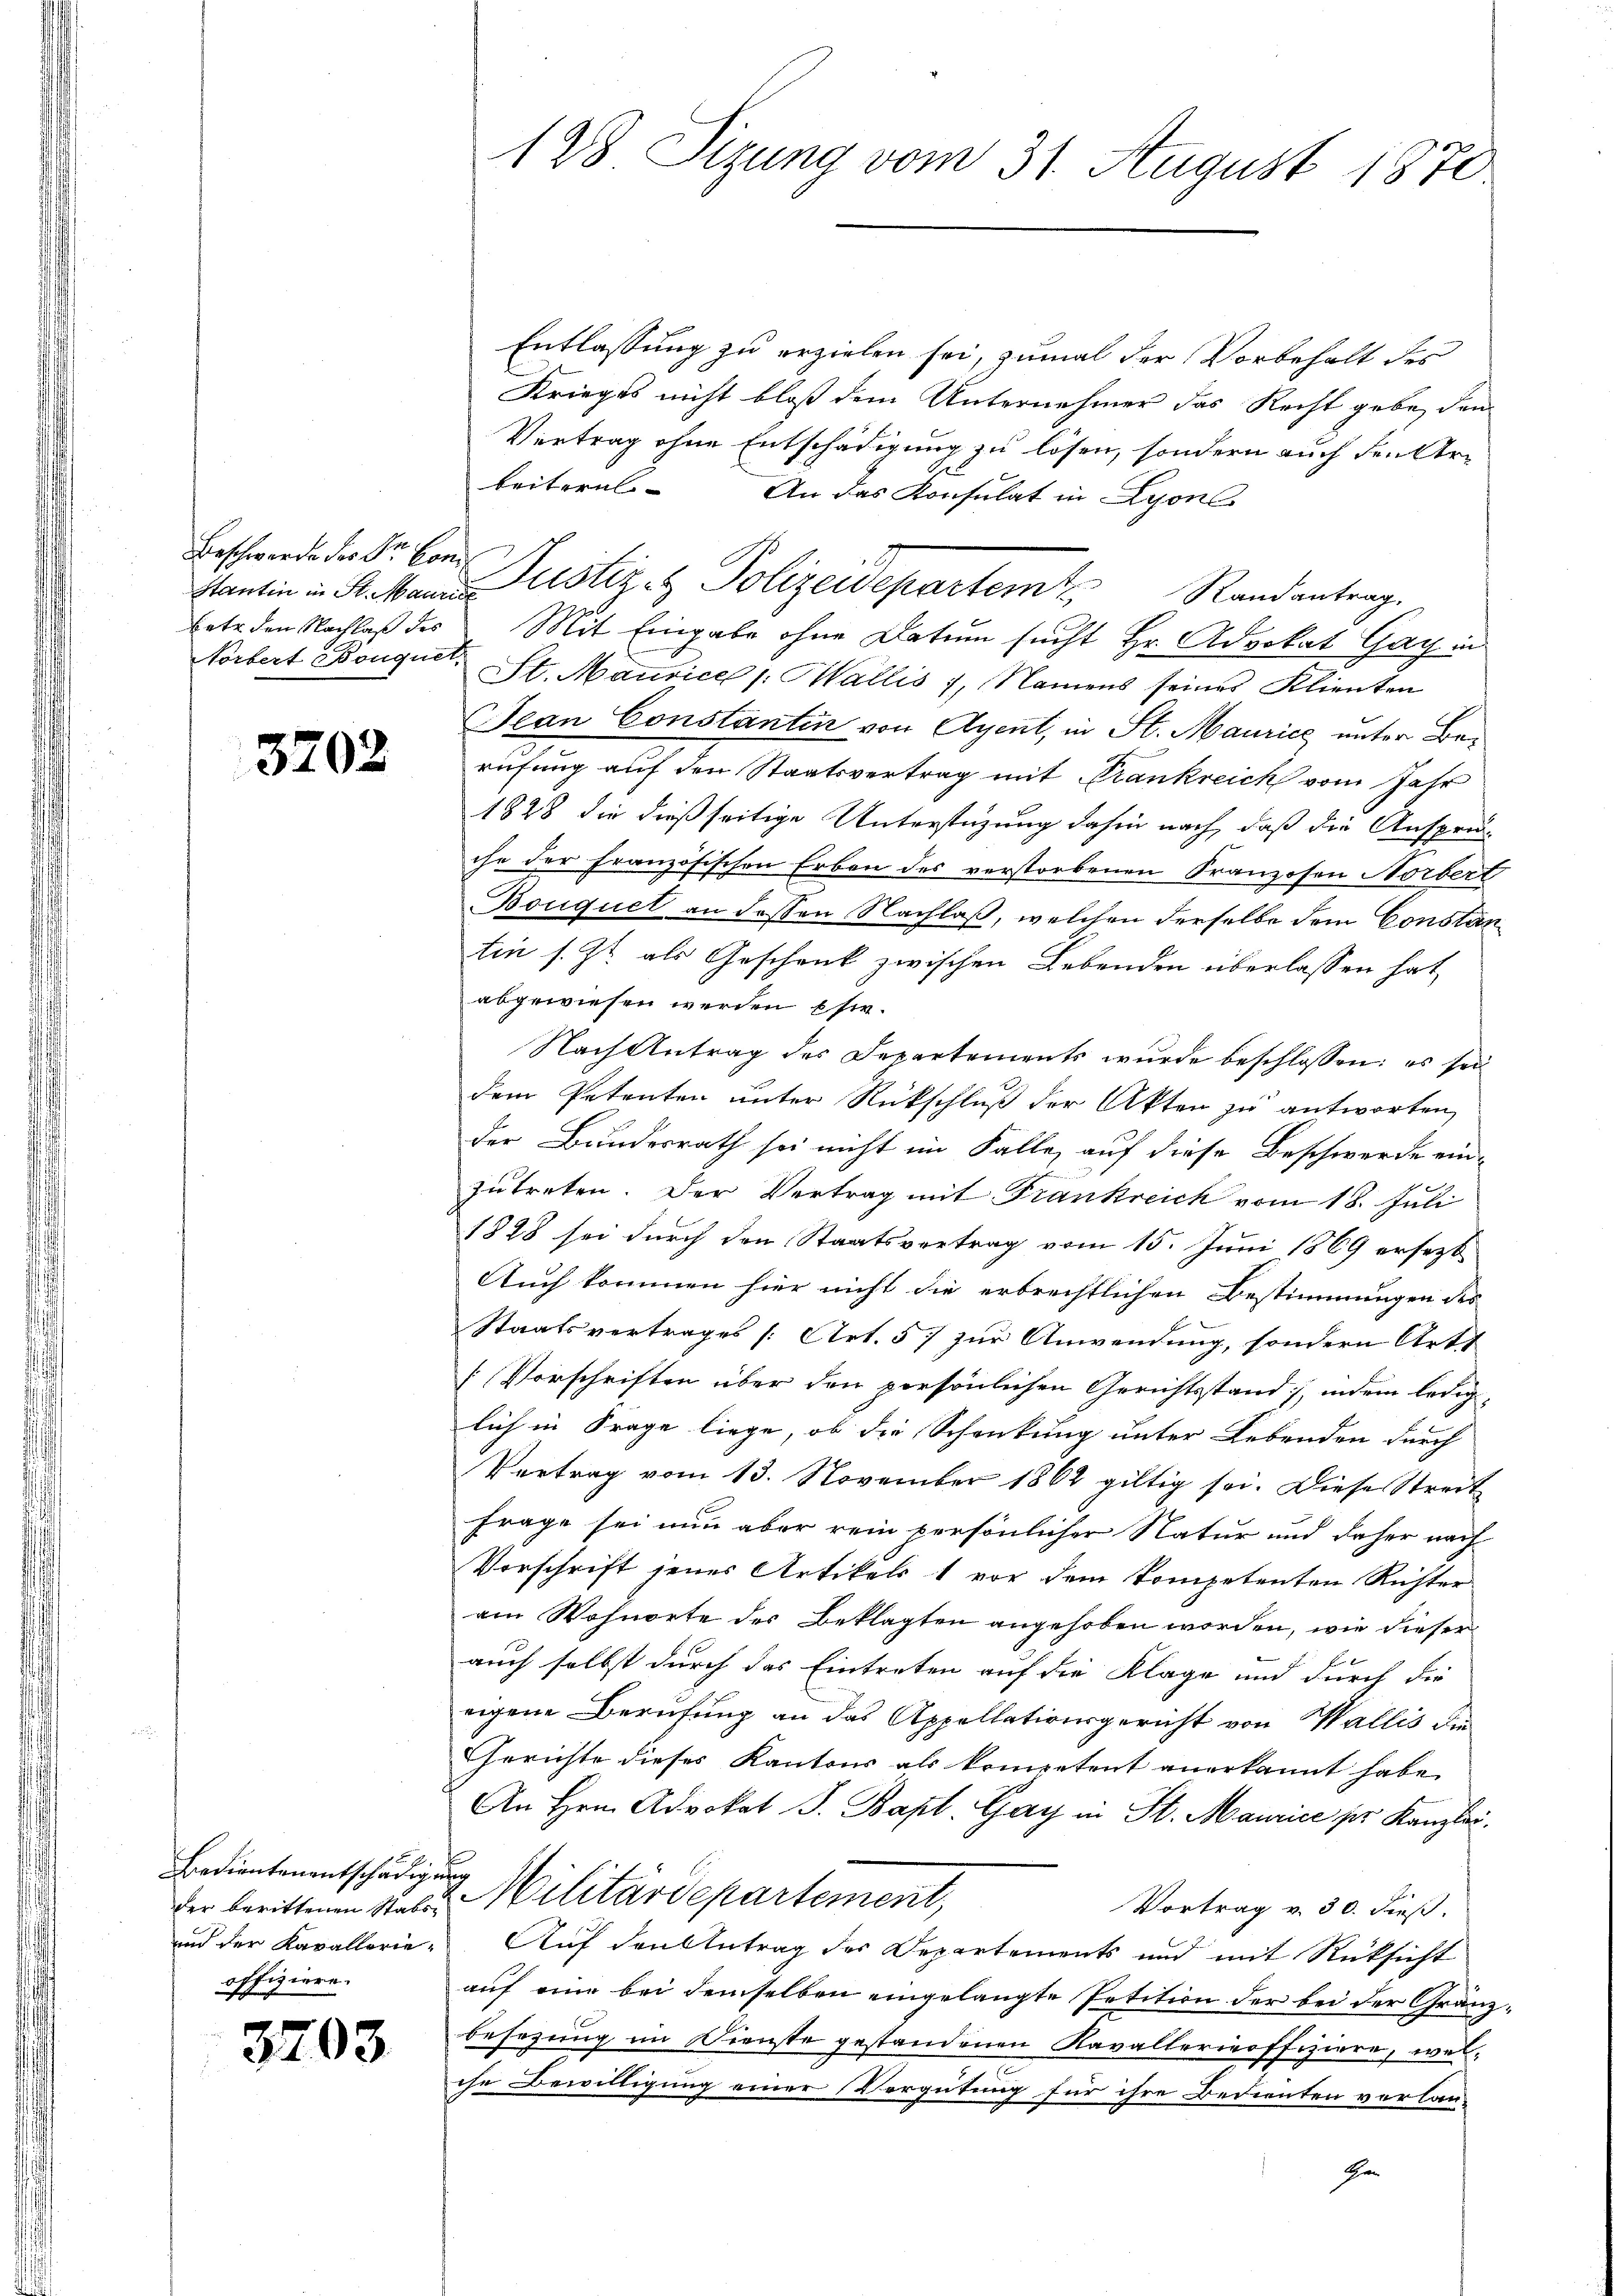
Beschwerde des Dr. Con
betr. den Nachlaß des
Norbert Bouquet,

3202

Bedientenentschädigung
der berittenen Stabs¬
und der Kavallerie-
offiziere.

3703

128. Sizung vom 31. August 1870

Entlassung zu erzielen sei, zumal der Vorbehalt des
Krieges nicht bloß dem Unternehmer das Recht gebe, den
Vertrag ohne Entschädigung zu lösen, sondern auch den Arbeitern. An das Konsulat in Lyon
Mit Eingabe ohne Datum sucht Hr. Advokat Gay in
St. Maurice /: Wallis 1, Namens seines Klienten
Jean Constantin von Agent, in St. Maurice unter Berufung auf den Staatsvertrag mit Frankreich vom Jahr
1828 die dießseitige Unterstüzung dahin nach, daß die Anspru
che der Französischen Erben des verstorbenen Franzosen Norbert
Bouquet an dessen Nachlaß, welchen derselbe dem Constantin s. Zt. als Geschenk zwischen Lebenden überlassen hat,
abgewiesen werden sie
Nach Antrag des Departements wurde beschlossen: es sei
dem Petenten unter Rückschluß der Akten zu antworten,
der Bundesrath sei nicht im Falle, auf diese Beschwerde ein-
zutreten. Der Vertrag mit Frankreich vom 18. Juli
1848 sei durch den Staatsvertrag vom 15. Juni 1869 ersezt
Auch kommen hier nicht die erbrechtlichen Bestimmungen des
Staatsvertrages [Art. 57 zur Anwendung, sondern Art
[Vorschriften über den persönlichen Gerichtsstand, indem lediglich in Frage liege, ob die Schenkung unter Lebenden durch
Vertrag vom 13. November 1862 giltig sei. Diese Streit
Frage sei nun aber rein persönlicher Natur und daher nach
Vorschrift jenes Artikels 1 vor dem kompetenten Richter
amn Wohnorte des Beklagten angehoben worden, wie dieser
auch selbst durch das Eintreten auf die Klage und durch die
eigene Berufung an das Appellationsgericht von Wallis die
Errichte dieses Kantons als kompetent anerkannt habe.
An Hrn. Advokat J. Bapt. Gay in St. Maurice pr. Kanzlei.
Militärdepartement,
Vortrag v. 30. dieß.
Auf den Antrag des Departements und mit Rücksicht
auf eine bei demselben eingelangte Petition der bei der Gränzbesezung in Dienste gestandenen Ravallerieoffiziere, welche Bewilligung einer Vergütung für ihre Bedienten vorlan-
Ihr

stantin in Sr Mannes Justiz & Polizeidepartem Randantrag.